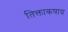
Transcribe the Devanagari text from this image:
तिक्ताकषाय